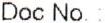
DOC NO. :